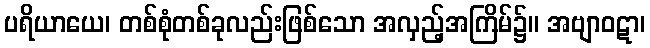
ပရိယာယေ၊ တစ်စုံတစ်ခုလည်းဖြစ်သော အလှည့်အကြိမ်၌။ အဗျာဝဋာ၊